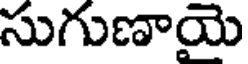
సుగుణాయె